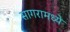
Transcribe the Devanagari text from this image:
सागरामध्ये